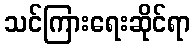
သင်ကြားရေးဆိုင်ရာ